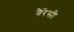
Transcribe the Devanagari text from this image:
बैरेसी